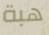
هبة